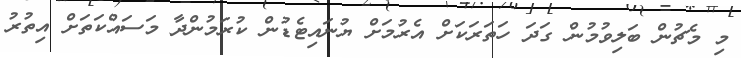
މި މެޗުން ބަލިވުމުން ގަދަ ހަތަރަކަށް އެރުމަށް ޔުނައިޓެޑުން ކުރަމުންދާ މަސައްކަތަށް އިތުރު